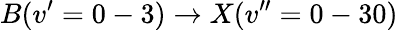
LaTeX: B(v^{\prime}=0-3)\rightarrow X(v^{\prime\prime}=0-30)